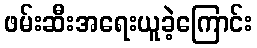
ဖမ်းဆီးအရေးယူခဲ့ကြောင်း